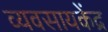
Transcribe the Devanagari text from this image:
व्यवसायकेंद्र